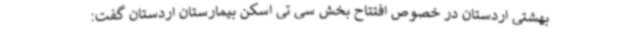
بهشتی اردستان در خصوص افتتاح بخش سی تی اسکن بیمارستان اردستان گفت: